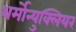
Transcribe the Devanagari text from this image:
थर्मोन्युक्लियर